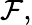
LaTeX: {\mathcal F},